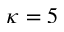
\kappa = 5